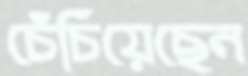
চেঁচিয়েছেন